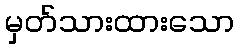
မှတ်သားထားသော